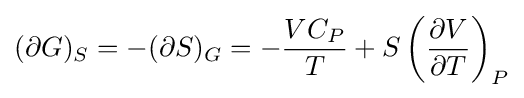
(\partial G)_{S}=-(\partial S)_{G}=-{\frac {VC_{P}}{T}}+S\left({\frac {\partial V}{\partial T}}\right)_{P}